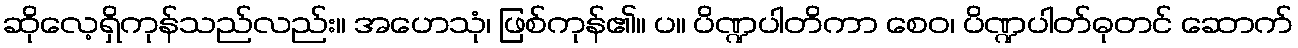
ဆိုလေ့ရှိကုန်သည်လည်း။ အဟေသုံ၊ ဖြစ်ကုန်၏။ ပ။ ပိဏ္ဍပါတိကာ စေဝ၊ ပိဏ္ဍပါတ်ဓုတင် ဆောက်